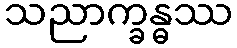
သညာက္ခန္ဓဿ